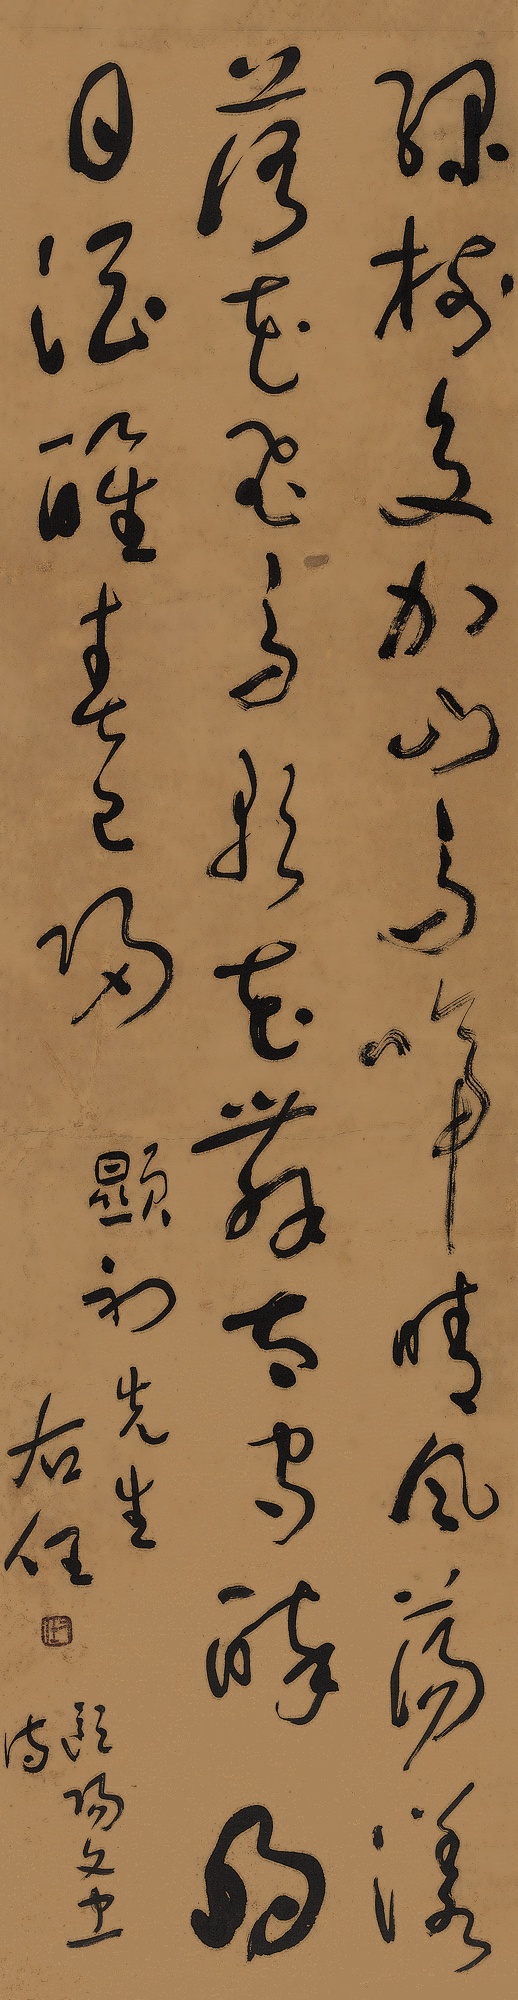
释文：绿树交加山鸟啼，晴风荡漾落花飞。鸟歌花舞太守醉，明日酒醒春已归。显初先生。于右任。欧阳文忠诗。